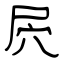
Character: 屄